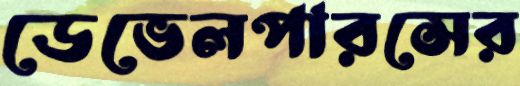
ডেভেলপারসের